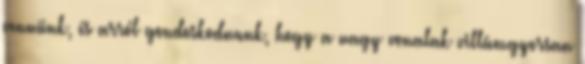
vennünk, és arról gondoskodnunk, hogy a nagy vonalak villámgyorsan